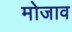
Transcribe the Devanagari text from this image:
मोजाव